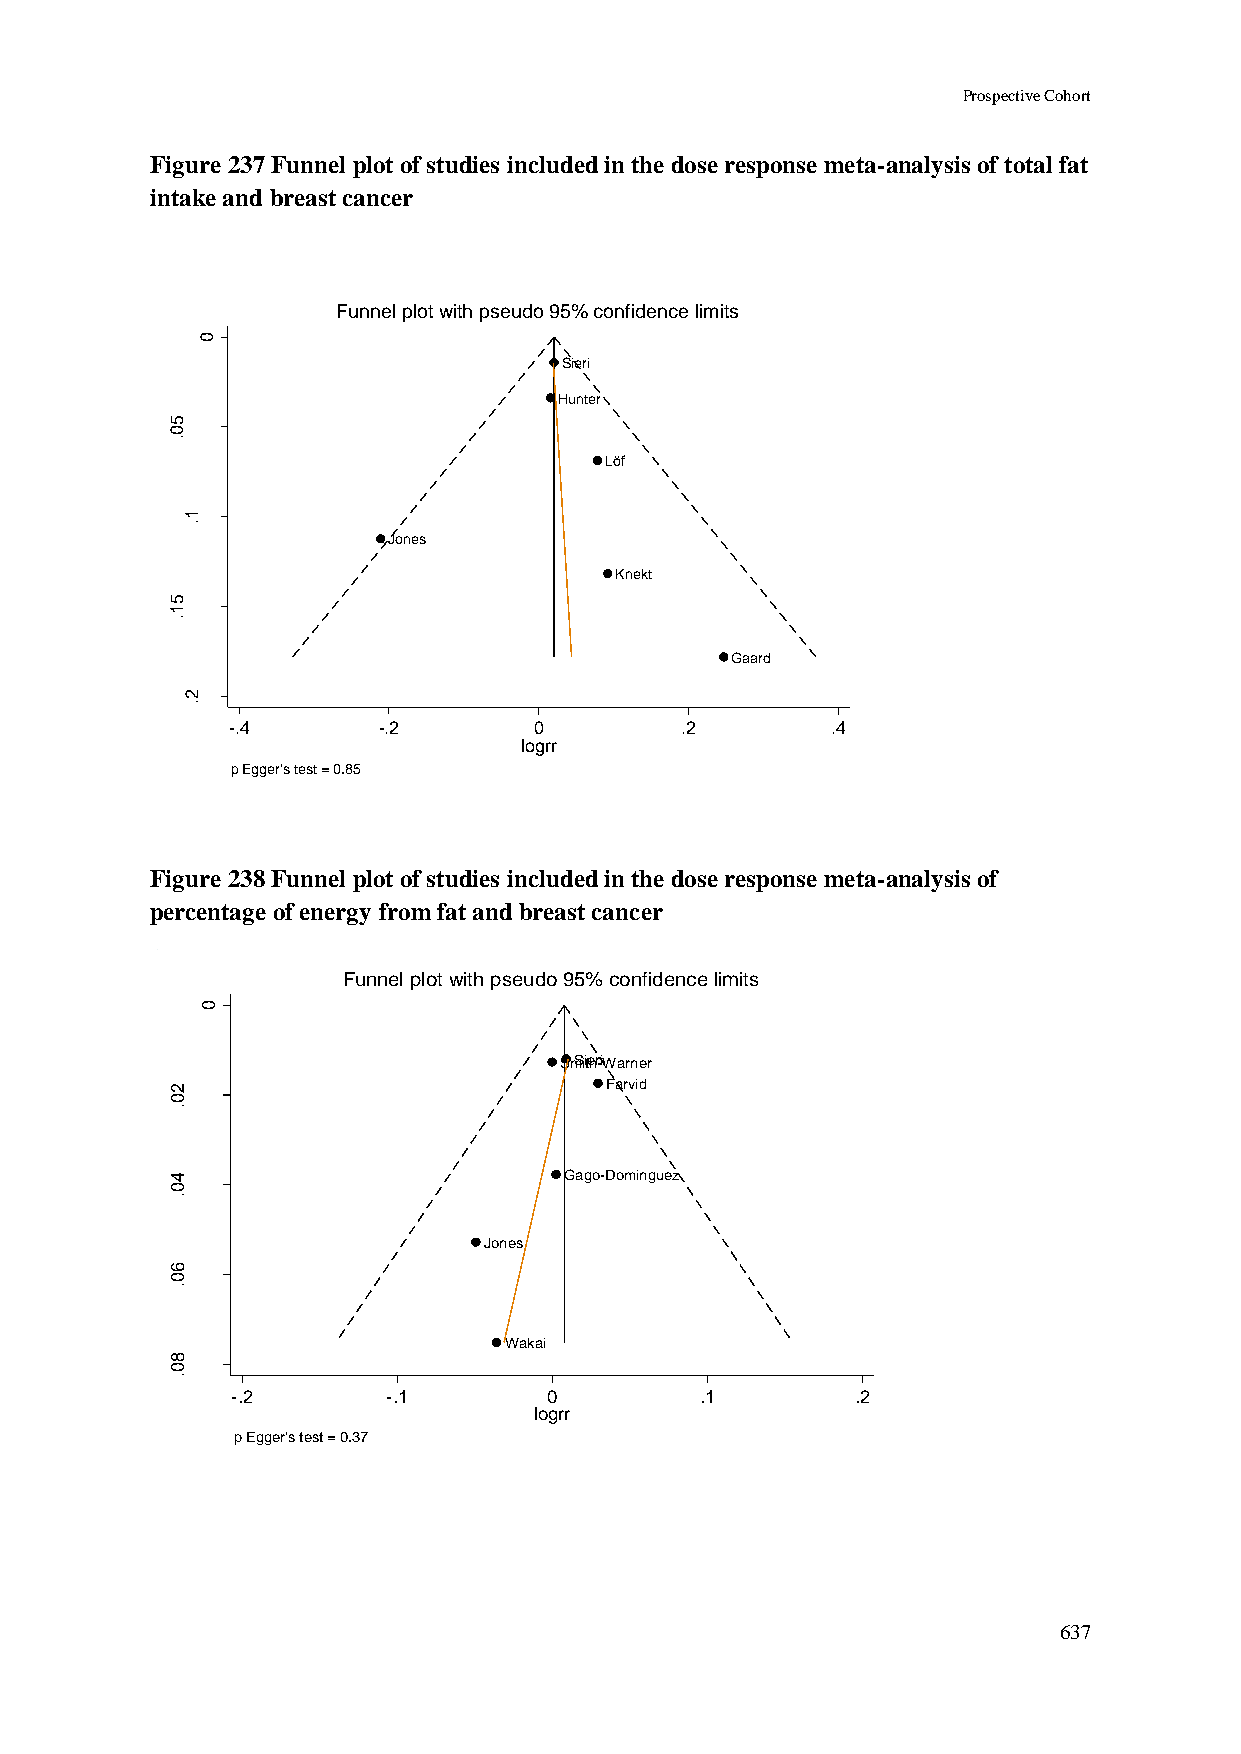
Prospective Cohort
 Figure 237 Funnel plot of studies included in the dose response meta-analysis of total fat
 intake and breast cancer
 Funnel plot with pseudo 95% confidence limits
 0
 Sieri
 Hunter
 5
 0
 .
 Löf
 rrg
 o
 l fo    1
 .
 .e                    Jones
 .s
 Knekt
 5
 1
 .
 Gaard
 2
 .
 -.4       -.2       0         .2        .4
 logrr
 p Egger's test = 0.85
 Figure 238 Funnel plot of studies included in the dose response meta-analysis of
 percentage of energy from fat and breast cancer
 Funnel plot with pseudo 95% confidence limits
 0
 SmSiitehr-iWarner
 2                            Farvid
 0
 .
 rrg
 o
 l
 fo
 4
 0
 Gago-Dominguez
 .e
 .
 .s
 Jones
 6
 0
 .
 Wakai
 8
 0
 .
 -.2        -.1       0         .1         .2
 logrr
 p Egger's test = 0.37
 637